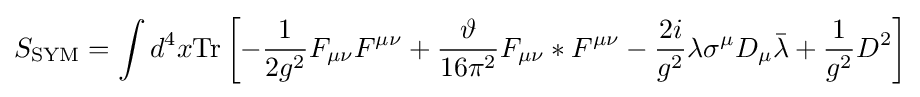
S_{\text{SYM}}=\int d^{4}x{\text{Tr}}\left[-{\frac {1}{2g^{2}}}F_{\mu \nu }F^{\mu \nu }+{\frac {\vartheta }{16\pi ^{2}}}F_{\mu \nu }*F^{\mu \nu }-{\frac {2i}{g^{2}}}\lambda \sigma ^{\mu }D_{\mu }{\bar {\lambda }}+{\frac {1}{g^{2}}}D^{2}\right]